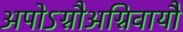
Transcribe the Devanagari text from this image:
अपोऽग्नौअग्निवायौ